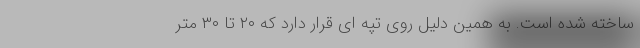
ساخته شده است. به همین دلیل روی تپه ای قرار دارد که ۲۰ تا ۳۰ متر